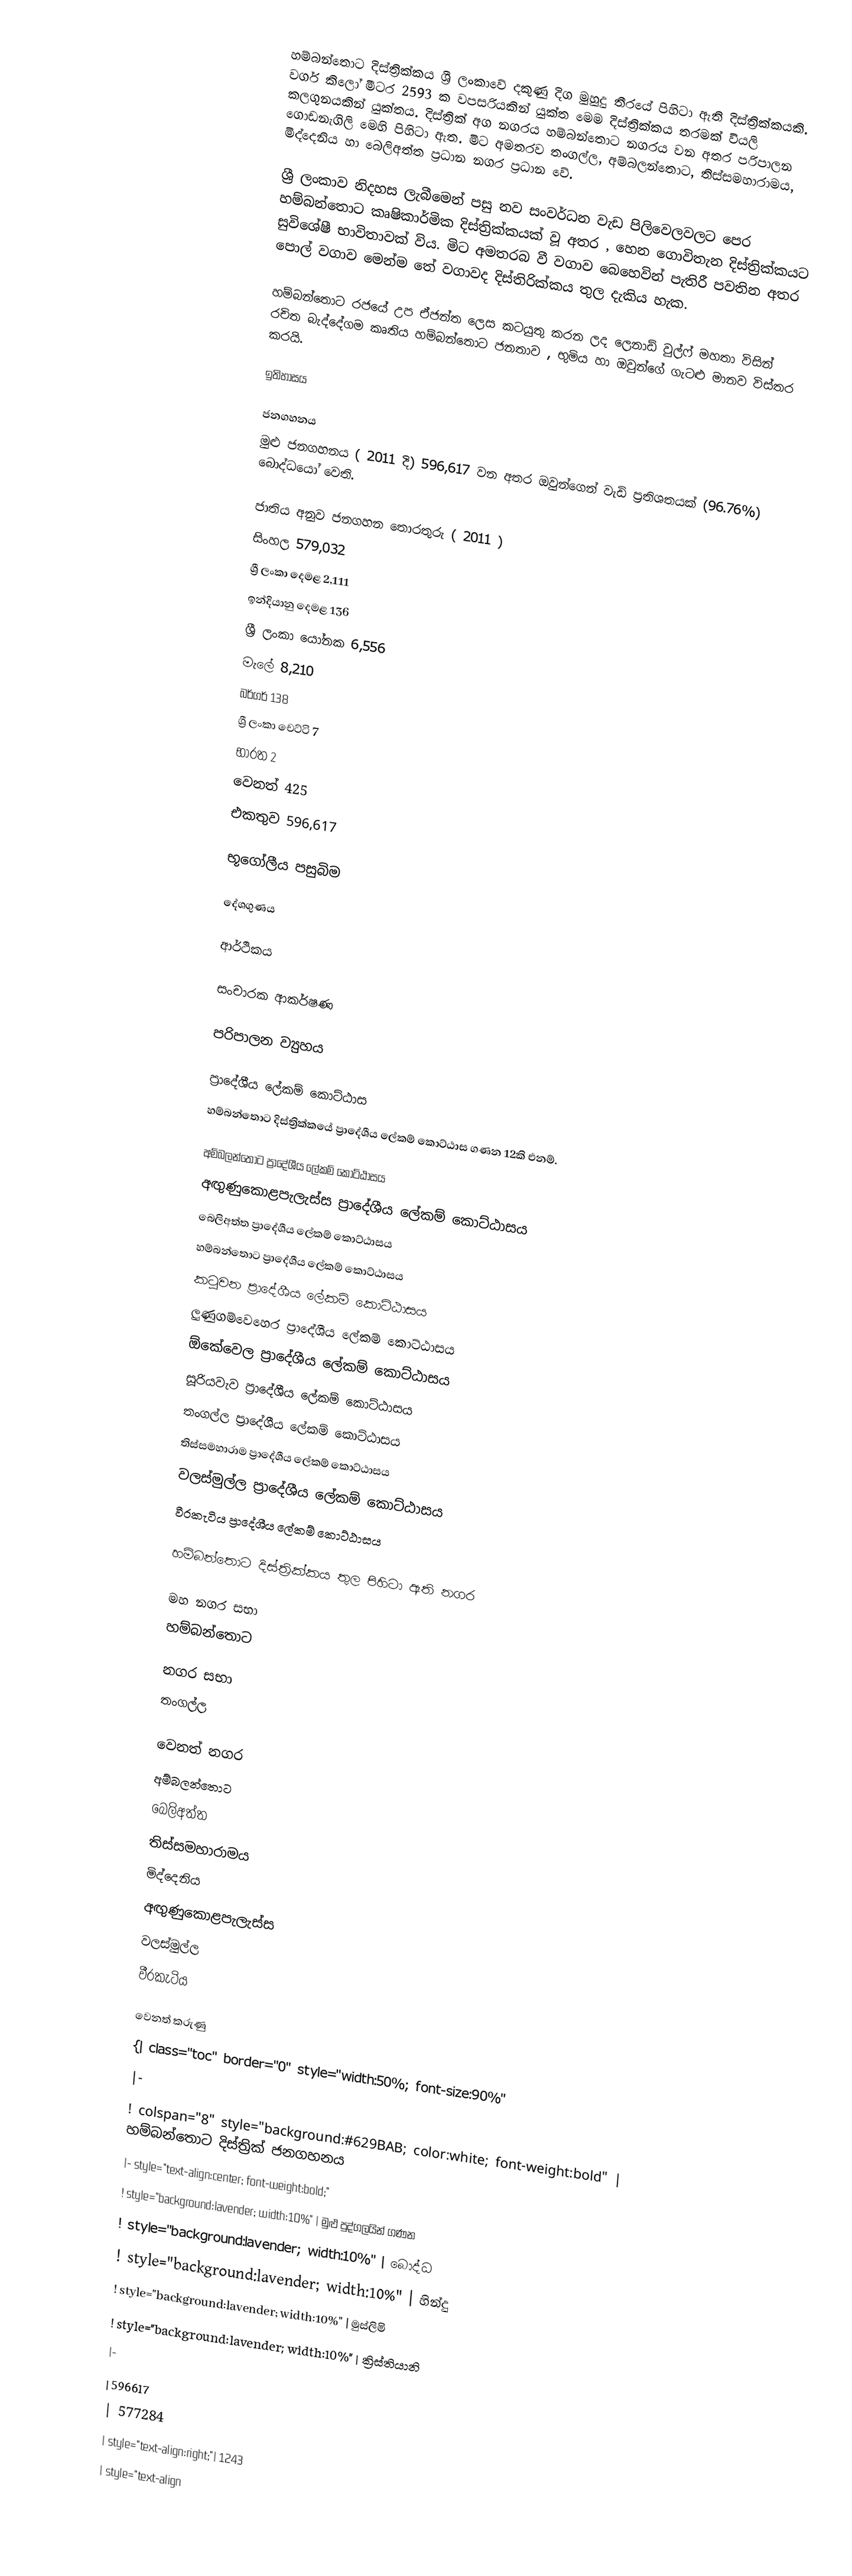
හම්බන්තොට දිස්ත්‍රික්කය ශ්‍රී ලංකාවේ දකුණු දිග මුහුදු තීරයේ පිහිටා ඇති දිස්ත්‍රික්කයකි. වර්ග කිලෝ මීටර 2593 ක වපසරියකින් යුක්ත මෙම දිස්ත්‍රික්කය තරමක් වියලි කලගුනයකින් යුක්තය. දිස්ත්‍රික් අග නගරය හම්බන්තොට නගරය වන අතර පරිපාලන ගොඩනැගිලි මෙහි පිහිටා ඇත. මිට අමතරව තංගල්ල, අම්බලන්තොට, තිස්සමහාරාමය, මිද්දෙනිය හා බෙලිඅත්ත ප්‍රධාන නගර ප්‍රධාන වේ.

ශ්‍රී ලංකාව නිදහස ලැබීමෙන් පසු නව සංවර්ධන වැඩ පිලිවෙලවලට පෙර හම්බන්තොට කෘෂිකාර්මික දිස්ත්‍රික්කයක් වූ අතර , හෙන ගොවිතැන දිස්ත්‍රික්කයට සුවිශේෂී භාවිතාවක් විය. මිට අමතරබ වී වගාව බෙහෙවින් පැතිරී පවතින අතර පොල් වගාව මෙන්ම තේ වගාවද  දිස්තිරික්කය තුල දැකිය හැක.

හම්බන්තොට රජයේ උප ඒජන්ත ලෙස කටයුතු කරන ලද ලෙනාඩ් වුල්ෆ් මහතා විසින් රචිත බැද්දේගම කෘතිය හම්බන්තොට ජනතාව , භුමිය හා ඔවුන්ගේ ගැටළු මානව විස්තර කරයි.

ඉතිහාසය

ජනගහනය
මුළු ජනගහනය ( 2011 දි) 596,617 වන අතර ඔවුන්ගෙන් වැඩි ප්‍රතිශතයක් (96.76%) බොද්ධයෝ වෙති.

ජාතිය අනුව ජනගහන තොරතුරු ( 2011 )
 සිංහල 579,032
ශ්‍රී ලංකා දෙමළ 2,111
ඉන්දියානු දෙමළ 136
ශ්‍රී ලංකා යෝනක 6,556
මැලේ 8,210
බර්ගර් 138
ශ්‍රී ලංකා චෙට්ටි 7
භාරත 2
වෙනත් 425
එකතුව 596,617

භූගෝලීය පසුබිම

දේශගුණය

ආර්ථිකය

සංචාරක ආකර්ෂණ

පරිපාලන ව්‍යුහය

ප්‍රාදේශීය ලේකම් කොට්ඨාස
හම්බන්තොට දිස්ත්‍රික්කයේ ප්‍රාදේශීය ලේකම් කොට්ඨාස ගණන 12කි එනම්.

 අම්බලන්තොට ප්‍රාදේශීය ලේකම් කොට්ඨාසය
 අඟුණුකොළපැලැස්ස ප්‍රාදේශීය ලේකම් කොට්ඨාසය
 බෙලිඅත්ත ප්‍රාදේශීය ලේකම් කොට්ඨාසය
 හම්බන්තොට ප්‍රාදේශීය ලේකම් කොට්ඨාසය
 කටුවන ප්‍රාදේශීය ලේකම් කොට්ඨාසය
 ලුණුගම්වෙහෙර ප්‍රාදේශීය ලේකම් කොට්ඨාසය
 ඕකේවෙල ප්‍රාදේශීය ලේකම් කොට්ඨාසය
 සූරියවැව ප්‍රාදේශීය ලේකම් කොට්ඨාසය
 තංගල්ල ප්‍රාදේශීය ලේකම් කොට්ඨාසය
 තිස්සමහාරාම ප්‍රාදේශීය ලේකම් කොට්ඨාසය
 වලස්මුල්ල ප්‍රාදේශීය ලේකම් කොට්ඨාසය
 වීරකැටිය ප්‍රාදේශීය ලේකම් කොට්ඨාසය

හම්බන්තොට දිස්ත්‍රික්කය තුල පිහිටා ඇති නගර

මහ නගර සභා
හම්බන්තොට

නගර සභා
තංගල්ල

වෙනත් නගර
අම්බලන්තොට
බෙලිඅත්ත
තිස්සමහාරාමය
මිද්දෙනිය
අඟුණුකොළපැලැස්ස
වලස්මුල්ල
වීරකැටිය

වෙනත් කරුණු
{| class="toc" border="0" style="width:50%; font-size:90%"
|-
! colspan="8" style="background:#629BAB; color:white; font-weight:bold" | හම්බන්තොට දිස්ත්‍රික් ජනගහනය
|- style="text-align:center; font-weight:bold;"
! style="background:lavender; width:10%" | මුළු පුද්ගලයින් ගණන
! style="background:lavender; width:10%" | බොද්ධ
! style="background:lavender; width:10%" | හින්දු
! style="background:lavender; width:10%" | මුස්ලිමි
! style="background:lavender; width:10%" | ක්‍රිස්තියානි
|-
| 596617
| 577284
| style="text-align:right;"| 1243
| style="text-align